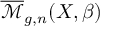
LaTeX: { \overline { { \mathcal { M } } } } _ { g , n } ( X , \beta )